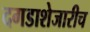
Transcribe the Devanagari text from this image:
दगडाशेजारीच